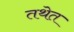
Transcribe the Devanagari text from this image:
तथेत